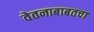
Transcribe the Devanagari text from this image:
वेतनाबाबतचा